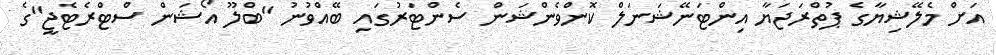
އަށް މެލޭޝިޔާގެ ޕުތްރަޖަޔާ އިންޓަނޭޝަނަލް ކޮންވެންޝަން ސެންޓަރުގައި ބޭއްވުނު "ބްލޫ އޯޝަން ސްޓްރެޓެޖީ"ގެ